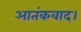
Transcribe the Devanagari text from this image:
आतंकवाद।